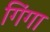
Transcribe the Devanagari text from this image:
गिंगा